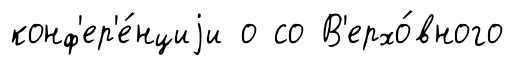
конф'ер'е́нциjи о со В'ерхо́вного